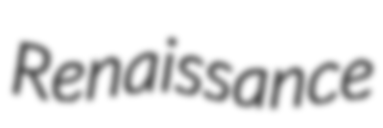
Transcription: Renaissance